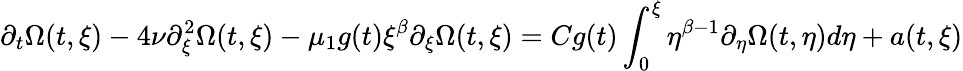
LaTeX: \partial_{t}\Omega(t,\xi)-4\nu\partial_{\xi}^{2}\Omega(t,\xi)-\mu_{1}g(t)\xi^{\beta}\partial_{\xi}\Omega(t,\xi)=Cg(t)\int_{0}^{\xi}\eta^{\beta-1}\partial_{\eta}\Omega(t,\eta)d\eta+a(t,\xi)